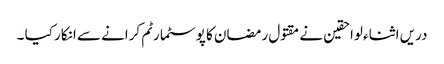
دریں اثناء لواحقین نے مقتول رمضان کا پوسٹمارٹم کرانے سے انکار کیا ۔